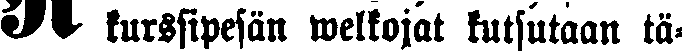
# kurssipesän welkojat kutsutaan tä-